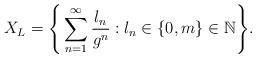
LaTeX: \begin{align*}X_L = \Bigg\{\sum\limits_{n=1}^{\infty} \frac{l_n}{g^n} : l_n \in \{0,m\} \in \mathbb{N} \Bigg\}.\end{align*}